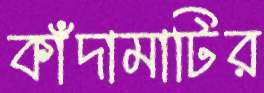
কাঁদামাটির